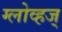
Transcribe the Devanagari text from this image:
ग्लोव्हज्